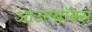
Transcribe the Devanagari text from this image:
आउटबॉक्स